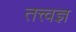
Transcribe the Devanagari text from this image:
तत्त्‍वज्ञ